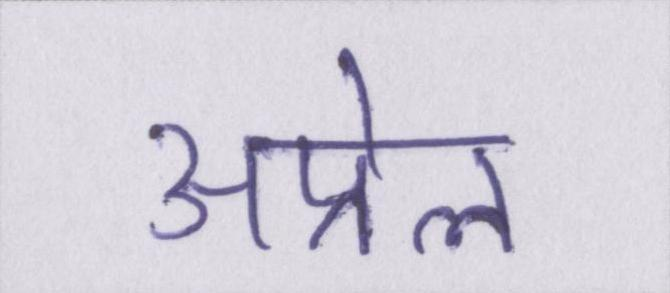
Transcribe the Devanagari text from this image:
अप्रेल